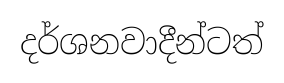
දර්ශනවාදීන්ටත්